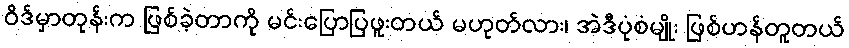
ဝိဒ်မှာတုန်းက ဖြစ်ခဲ့တာကို မင်းပြောပြဖူးတယ် မဟုတ်လား၊ အဲဒီပုံစံမျိုး ဖြစ်ဟန်တူတယ်